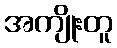
အကျိုးတူ